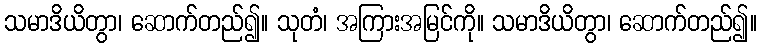
သမာဒိယိတွာ၊ ဆောက်တည်၍။ သုတံ၊ အကြားအမြင်ကို။ သမာဒိယိတွာ၊ ဆောက်တည်၍။